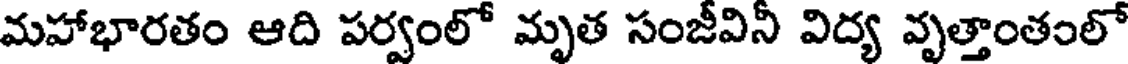
మహాభారతం ఆది పర్వంలో మృత సంజీవినీ విద్య వృత్తాంతంలో